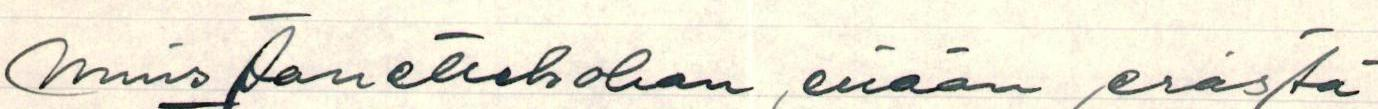
Muistanettekohan enään erästä